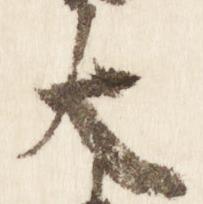
大